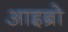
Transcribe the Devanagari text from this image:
आइब्रो